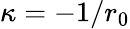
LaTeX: \kappa=-1/r_{0}